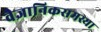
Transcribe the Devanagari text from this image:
वैज्ञानिकसमस्या